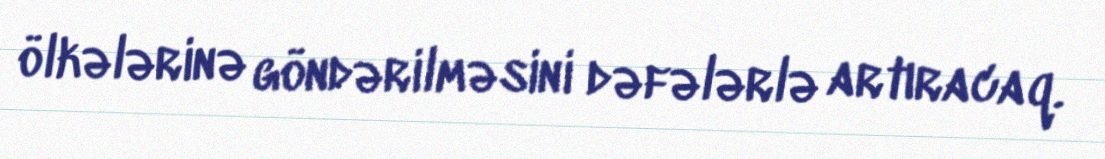
ölkələrinə göndərilməsini dəfələrlə artıracaq.